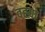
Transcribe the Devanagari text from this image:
वह्य़ा